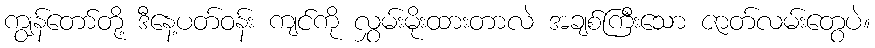
ကျွန်တော်တို့ ဒီနေ့ပတ်ဝန်း ကျင်ကို လွှမ်းမိုးထားတာလဲ အချစ်ကြီးသော ဇာတ်လမ်းတွေပဲ။